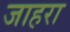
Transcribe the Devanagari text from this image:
जाहरा